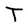
Character: T